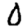
Digit: 0